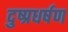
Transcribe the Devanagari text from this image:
दुष्प्रधर्षण